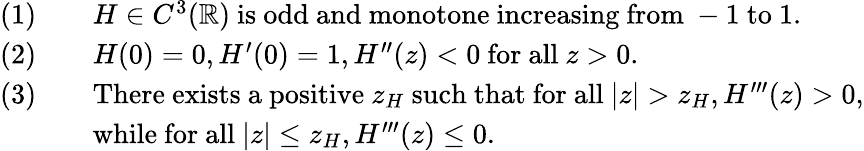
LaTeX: \begin{array}{rl}{(1)\quad}&{H\in C^{3}(\mathbb{R})\mathrm{~is~odd~and~monotone~increasing~from~-1~to~1}.}\\ {(2)\quad}&{H(0)=0,H^{\prime}(0)=1,H^{\prime\prime}(z)<0\mathrm{~for~all~}z>0.}\\ {(3)\quad}&{\mathrm{There~exists~a~positive~}z_{H}\mathrm{~such~that~for~all~}|z|>z_{H},H^{\prime\prime\prime}(z)>0,}\\ &{\mathrm{while~for~all~}|z|\leq z_{H},H^{\prime\prime\prime}(z)\leq 0.}\end{array}